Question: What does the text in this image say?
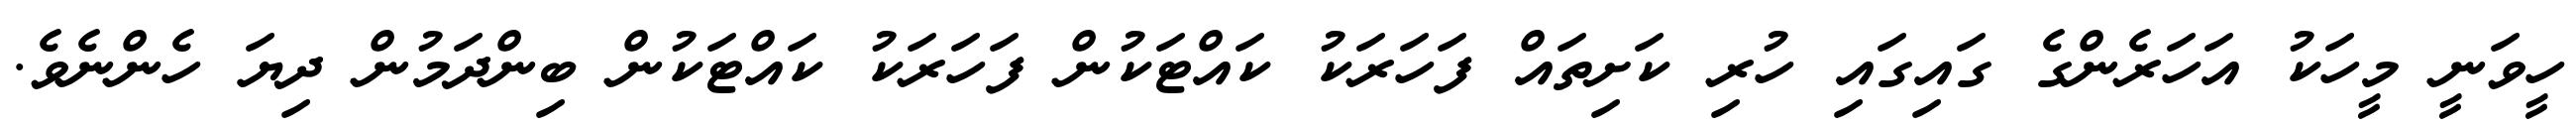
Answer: ހީވަނީ މީހަކު އަހަރެންގެ ގައިގައި ހުރި ކަށިތައް ފަހަރަކު ކައްޓަކުން ފަހަރަކު ކައްޓަކުން ބިންދަމުން ދިޔަ ހެންނެވެ.